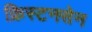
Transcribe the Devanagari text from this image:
क्रिस्टनसेन